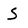
Character: S